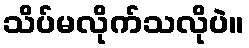
သိပ်မလိုက်သလိုပဲ။